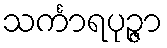
သင်္ကာရပုဉ္ဇာ